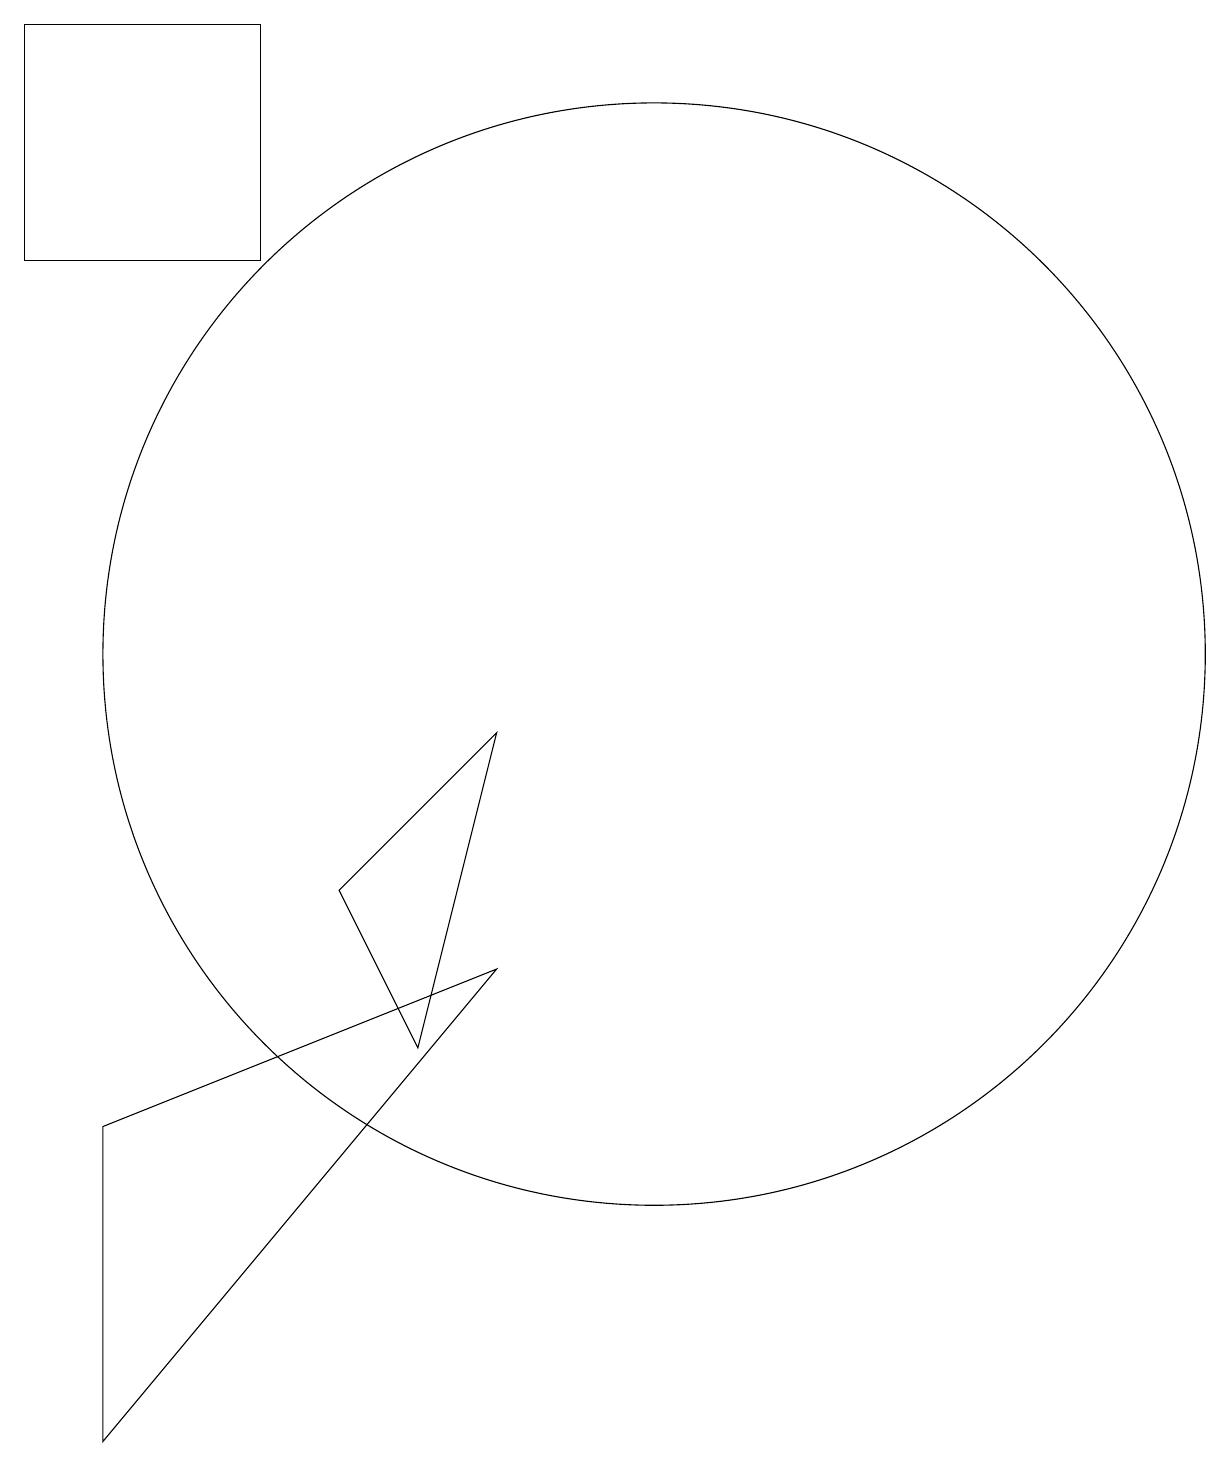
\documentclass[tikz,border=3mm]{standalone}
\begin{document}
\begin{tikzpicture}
\draw (7,5) -- (6,7) -- (8,9) -- cycle;
\draw (8,6) -- (3,0) -- (3,4) -- cycle;
\draw (10,10) circle (7);
\draw (2,18) rectangle (5,15);
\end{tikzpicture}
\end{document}